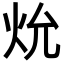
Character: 𪸗